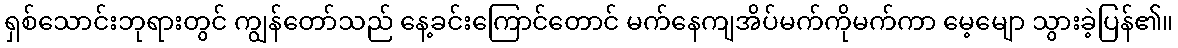
ရှစ်သောင်းဘုရားတွင် ကျွန်တော်သည် နေ့ခင်းကြောင်တောင် မက်နေကျအိပ်မက်ကိုမက်ကာ မေ့မျော သွားခဲ့ပြန်၏။